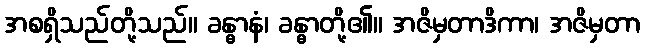
အစရှိသည်တို့သည်။ ခန္ဓာနံ၊ ခန္ဓာတို့၏။ အဇိမှတာဒိကာ၊ အဇိမှတာ